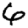
Digit: 6